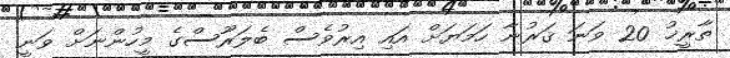
ތާރީޚު 20 ވަނަ ޤަރުނާ ހަމަޔަށް އައި އިރުވެސް ބެލަރޫސްގެ މީހުންނަށް ވަނީ